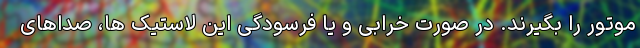
موتور را بگیرند. در صورت خرابی و یا فرسودگی این لاستیک ها، صداهای